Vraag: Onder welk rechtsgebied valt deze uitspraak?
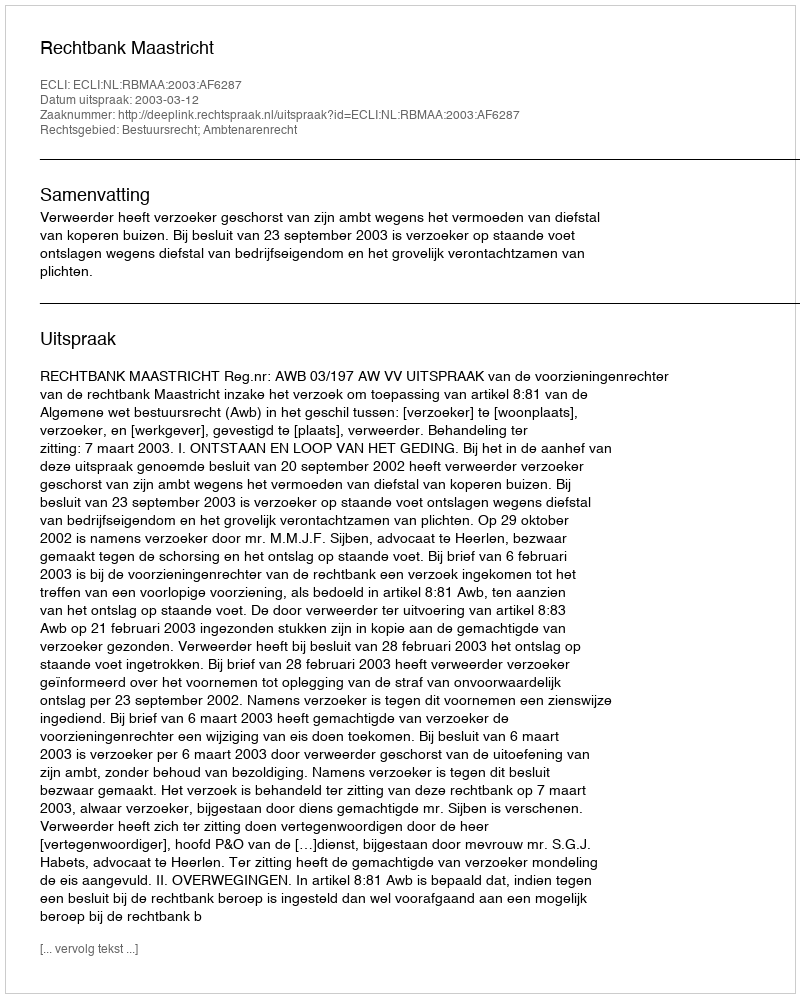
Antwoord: Bestuursrecht; Ambtenarenrecht